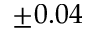
\pm 0 . 0 4